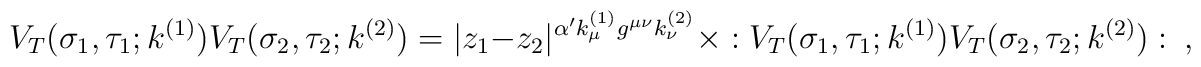
V_T(\sigma_1,\tau_1;k^{(1)})V_T(\sigma_2,\tau_2;k^{(2)})= |z_1-z_2|^{\alpha'k_{\mu}^{(1)}g^{\mu \nu}k_{\nu}^{(2)}}\times  :V_T(\sigma_1,\tau_1;k^{(1)})V_T(\sigma_2,\tau_2;k^{(2)}):~,